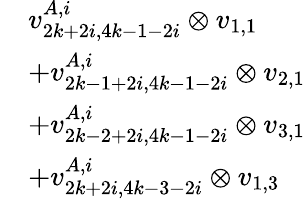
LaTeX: \begin{array}{rl}&{v_{2k+2i,4k-1-2i}^{A,i}\otimes v_{1,1}}\\ &{+v_{2k-1+2i,4k-1-2i}^{A,i}\otimes v_{2,1}}\\ &{+v_{2k-2+2i,4k-1-2i}^{A,i}\otimes v_{3,1}}\\ &{+v_{2k+2i,4k-3-2i}^{A,i}\otimes v_{1,3}}\end{array}